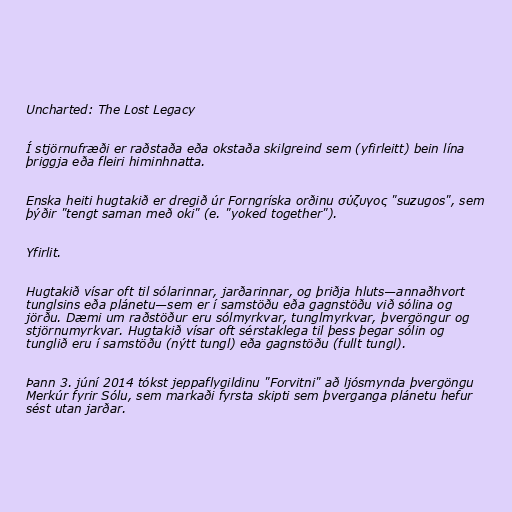
Uncharted: The Lost Legacy

Í stjörnufræði er raðstaða eða okstaða skilgreind sem (yfirleitt) bein lína
þriggja eða fleiri himinhnatta.

Enska heiti hugtakið er dregið úr Forngríska orðinu σύζυγος "suzugos", sem
þýðir "tengt saman með oki" (e. "yoked together").

Yfirlit.

Hugtakið vísar oft til sólarinnar, jarðarinnar, og þriðja hluts—annaðhvort
tunglsins eða plánetu—sem er í samstöðu eða gagnstöðu við sólina og
jörðu. Dæmi um raðstöður eru sólmyrkvar, tunglmyrkvar, þvergöngur og
stjörnumyrkvar. Hugtakið vísar oft sérstaklega til þess þegar sólin og
tunglið eru í samstöðu (nýtt tungl) eða gagnstöðu (fullt tungl).

Þann 3. júní 2014 tókst jeppaflygildinu "Forvitni" að ljósmynda þvergöngu
Merkúr fyrir Sólu, sem markaði fyrsta skipti sem þverganga plánetu hefur
sést utan jarðar.